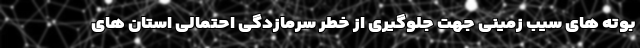
بوته های سیب زمینی جهت جلوگیری از خطر سرمازدگی احتمالی استان های